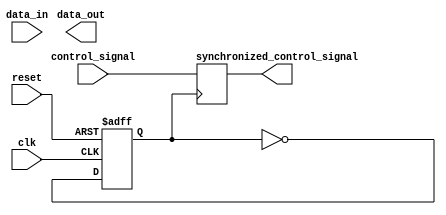
module USB_bus_controller (
    input wire clk,
    input wire reset,
    input wire data_in,
    output reg data_out,
    input wire control_signal,
    output reg synchronized_control_signal
);

// Data buffering module
reg [7:0] data_buffer;

always @(posedge clk or posedge reset) begin
    if (reset) begin
        data_buffer <= 8'b0;
    end else begin
        if (data_in) begin
            data_buffer <= {data_buffer[6:0], data_in};
        end
    end
end

// Clock synchronization module
reg synchronized_clk;

always @(posedge clk or posedge reset) begin
    if (reset) begin
        synchronized_clk <= 1'b0;
    end else begin
        synchronized_clk <= ~synchronized_clk;
    end
end

// Synchronization of control signals
always @(posedge synchronized_clk) begin
    synchronized_control_signal <= control_signal;
end

// Other modules for timing control and data sequencing would be implemented here

endmodule